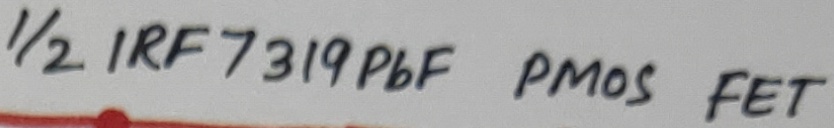
Text: 1/2 IRF 7319PbF PMOS FET